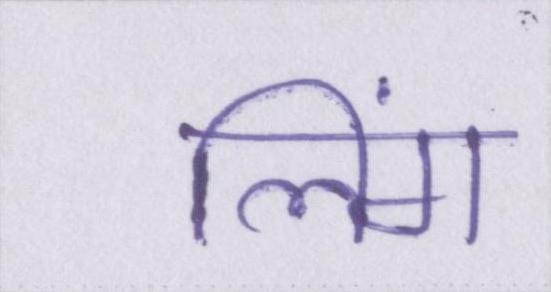
लिंग